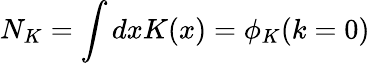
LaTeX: N_{K}=\int dxK(x)=\phi_{K}(k=0)